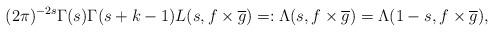
LaTeX: \begin{align*} (2\pi)^{-2s} \Gamma(s) \Gamma(s + k - 1) L(s, f\times \overline g) =: \Lambda(s, f\times \overline{g}) = \Lambda(1 - s, f\times \overline{g}),\end{align*}